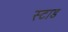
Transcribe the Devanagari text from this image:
स्टाड